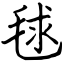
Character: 毬